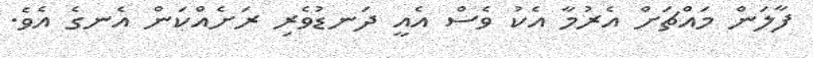
ފާލަން މައްޗަށް އެރުމާ އެކު ވެސް އެއީ ދަނޑުވެރި ރަށެއްކަން އެނގެ އެވެ.